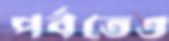
পর্বতেও